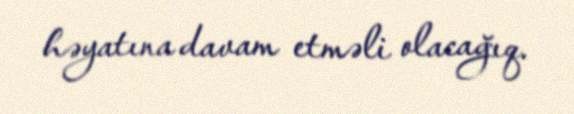
həyatına davam etməli olacağıq.